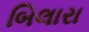
બિલારા